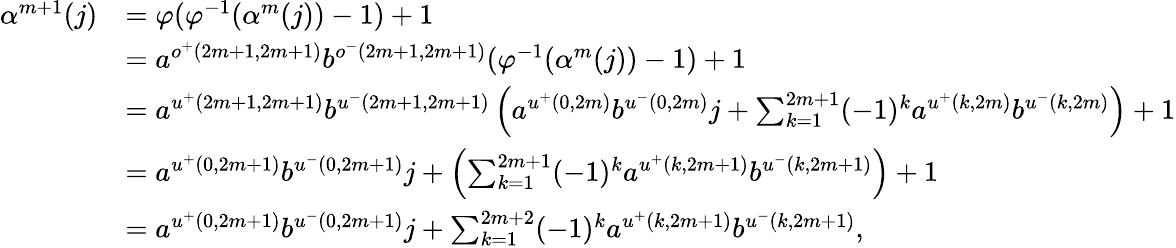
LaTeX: \begin{array}{rl}{\alpha^{m+1}(j)}&{=\varphi(\varphi^{-1}(\alpha^{m}(j))-1)+1}\\ &{=a^{o^{+}(2m+1,2m+1)}b^{o^{-}(2m+1,2m+1)}(\varphi^{-1}(\alpha^{m}(j))-1)+1}\\ &{=a^{u^{+}(2m+1,2m+1)}b^{u^{-}(2m+1,2m+1)}\left(a^{u^{+}(0,2m)}b^{u^{-}(0,2m)}j+\sum_{k=1}^{2m+1}(-1)^{k}a^{u^{+}(k,2m)}b^{u^{-}(k,2m)}\right)+1}\\ &{=a^{u^{+}(0,2m+1)}b^{u^{-}(0,2m+1)}j+\left(\sum_{k=1}^{2m+1}(-1)^{k}a^{u^{+}(k,2m+1)}b^{u^{-}(k,2m+1)}\right)+1}\\ &{=a^{u^{+}(0,2m+1)}b^{u^{-}(0,2m+1)}j+\sum_{k=1}^{2m+2}(-1)^{k}a^{u^{+}(k,2m+1)}b^{u^{-}(k,2m+1)},}\end{array}